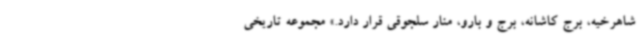
شاهرخیه، برج کاشانه، برج و بارو، منار سلجوقی قرار دارد.» مجموعه تاریخی